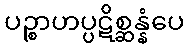
ပဉ္စာဟပ္ပဋိစ္ဆန္နံပေ